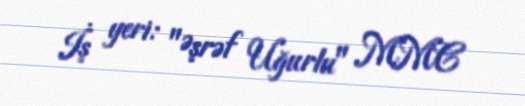
İş yeri: "Əşrəf Uğurlu" MMC